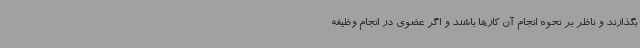
بگذارند و ناظر بر نحوه انجام آن کارها باشند و اگر عضوی در انجام وظیفه